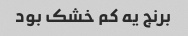
برنج یه کم خشک بود